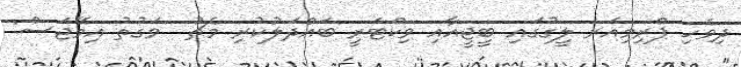
ދިވެހި ޕްރިމިއަރ ލީގުގައި ބީޖީއާއި ވިކްޓަރީ ބައްދަލުކުރި މެޗު  ވަގުތު އިމޭޖަސް: